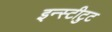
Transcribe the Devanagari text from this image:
इन्स्टीटुट